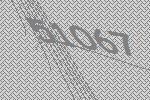
51067